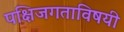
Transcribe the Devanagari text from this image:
पक्षिजगताविषयी